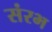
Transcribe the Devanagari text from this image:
संरभ